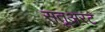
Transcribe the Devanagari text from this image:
सतूअरट